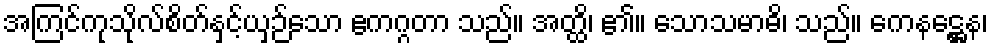
အကြင်ကုသိုလ်စိတ်နှင့်ယှဉ်သော ဧကဂ္ဂတာ သည်။ အတ္ထိ၊ ၏။ သောသမာဓိ၊ သည်။ ကေနဋ္ဌေန၊